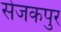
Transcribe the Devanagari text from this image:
सेजकपुर